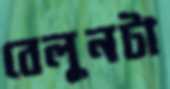
বেলুনটা